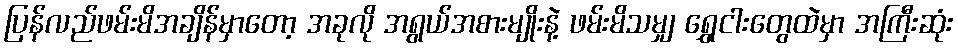
ပြန်လည်ဖမ်းမိအချိန်မှာတော့ အခုလို အရွယ်အစားမျိုးနဲ့ ဖမ်းမိသမျှ ရွှေငါးတွေထဲမှာ အကြီးဆုံး